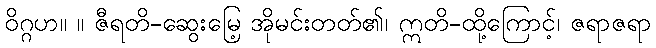
ဝိဂ္ဂဟ။ ။ ဇီရတိ-ဆွေးမြေ့ အိုမင်းတတ်၏၊ ဣတိ-ထို့ကြောင့်၊ ဇရာဇရာ